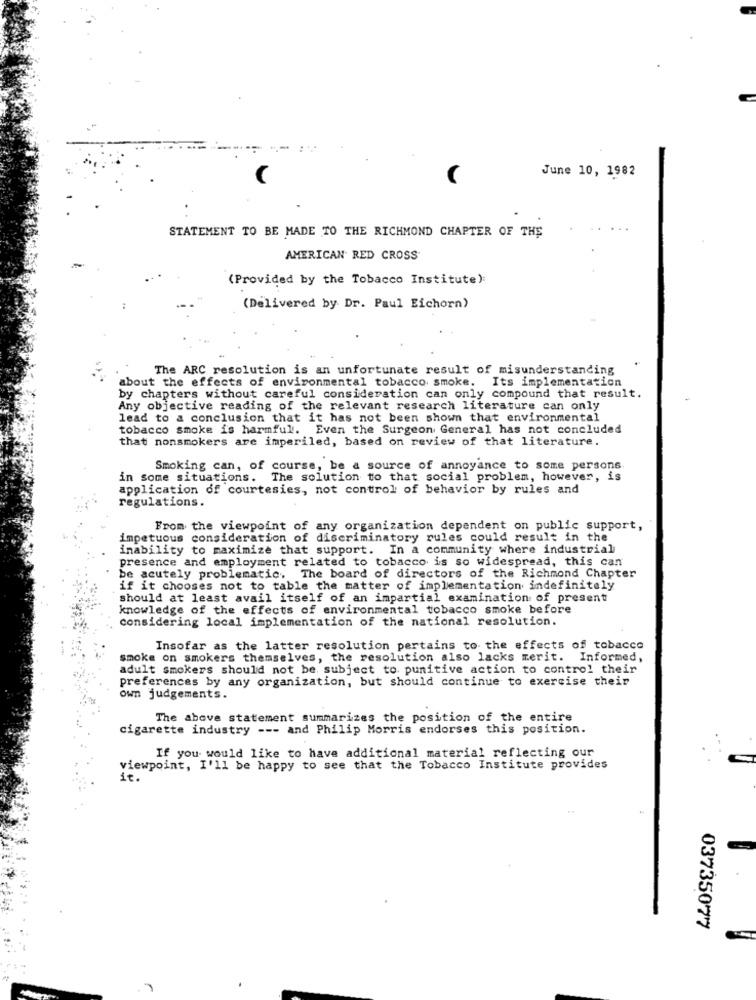
June 10, 1982
STATEMENT TO BE MADE TO THE RICHMOND CHAPTER OF THE
AMERICAN RED CROSS
(Provided by the Tobacco Institute):
(Delivered by Dr. Paul Eichorn)
The ARC resolution is an unfortunate result of misunderstanding
about the effects of environmental tobacco smoke. Its implementation
by chapters without careful consideration can only compound that result.
Any objective reading of the relevant research literature can only
lead to a conclusion that it has not been shown that environmental
tobacco smoke is harmful. Even the Surgeon General has not concluded
that nonsmokers are imperiled, based on review of that literature.
Smoking can, of course, be a source of annoyance to some persons
in some situations. The solution to that social problem, however, is
application of courtesies, not control of behavior by rules and
regulations.
From the viewpoint of any organization dependent on public support,
impetuous consideration of discriminatory rules could result in the
inability to maximize that support. In a community where industrial
presence and employment related to tobacco is so widespread, this can
be acutely problematic. The board of directors of the Richmond Chapter
if it chooses not to table the matter of implementation indefinitely
should at least avail itself of an impartial examination of present
knowledge of the effects of environmental tobacco smoke before
considering local implementation of the national resolution.
Insofar as the latter resolution pertains to the effects of tobacco
smoke on smokers themselves, the resolution also lacks merit. Informed,
adult smokers should not be subject to punitive action to control their
preferences by any organization, but should continue to exercise their
own judgements.
The above statement summarizes the position of the entire
cigarette industry --- and Philip Morris endorses this position.
If you would like to have additional material reflecting our
viewpoint, I'll be happy to see that the Tobacco Institute provides
1.
03735077